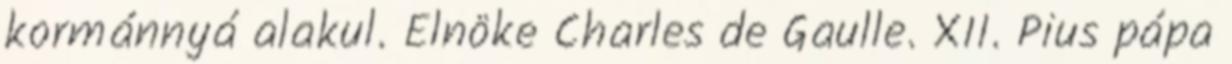
kormánnyá alakul. Elnöke Charles de Gaulle. XII. Pius pápa